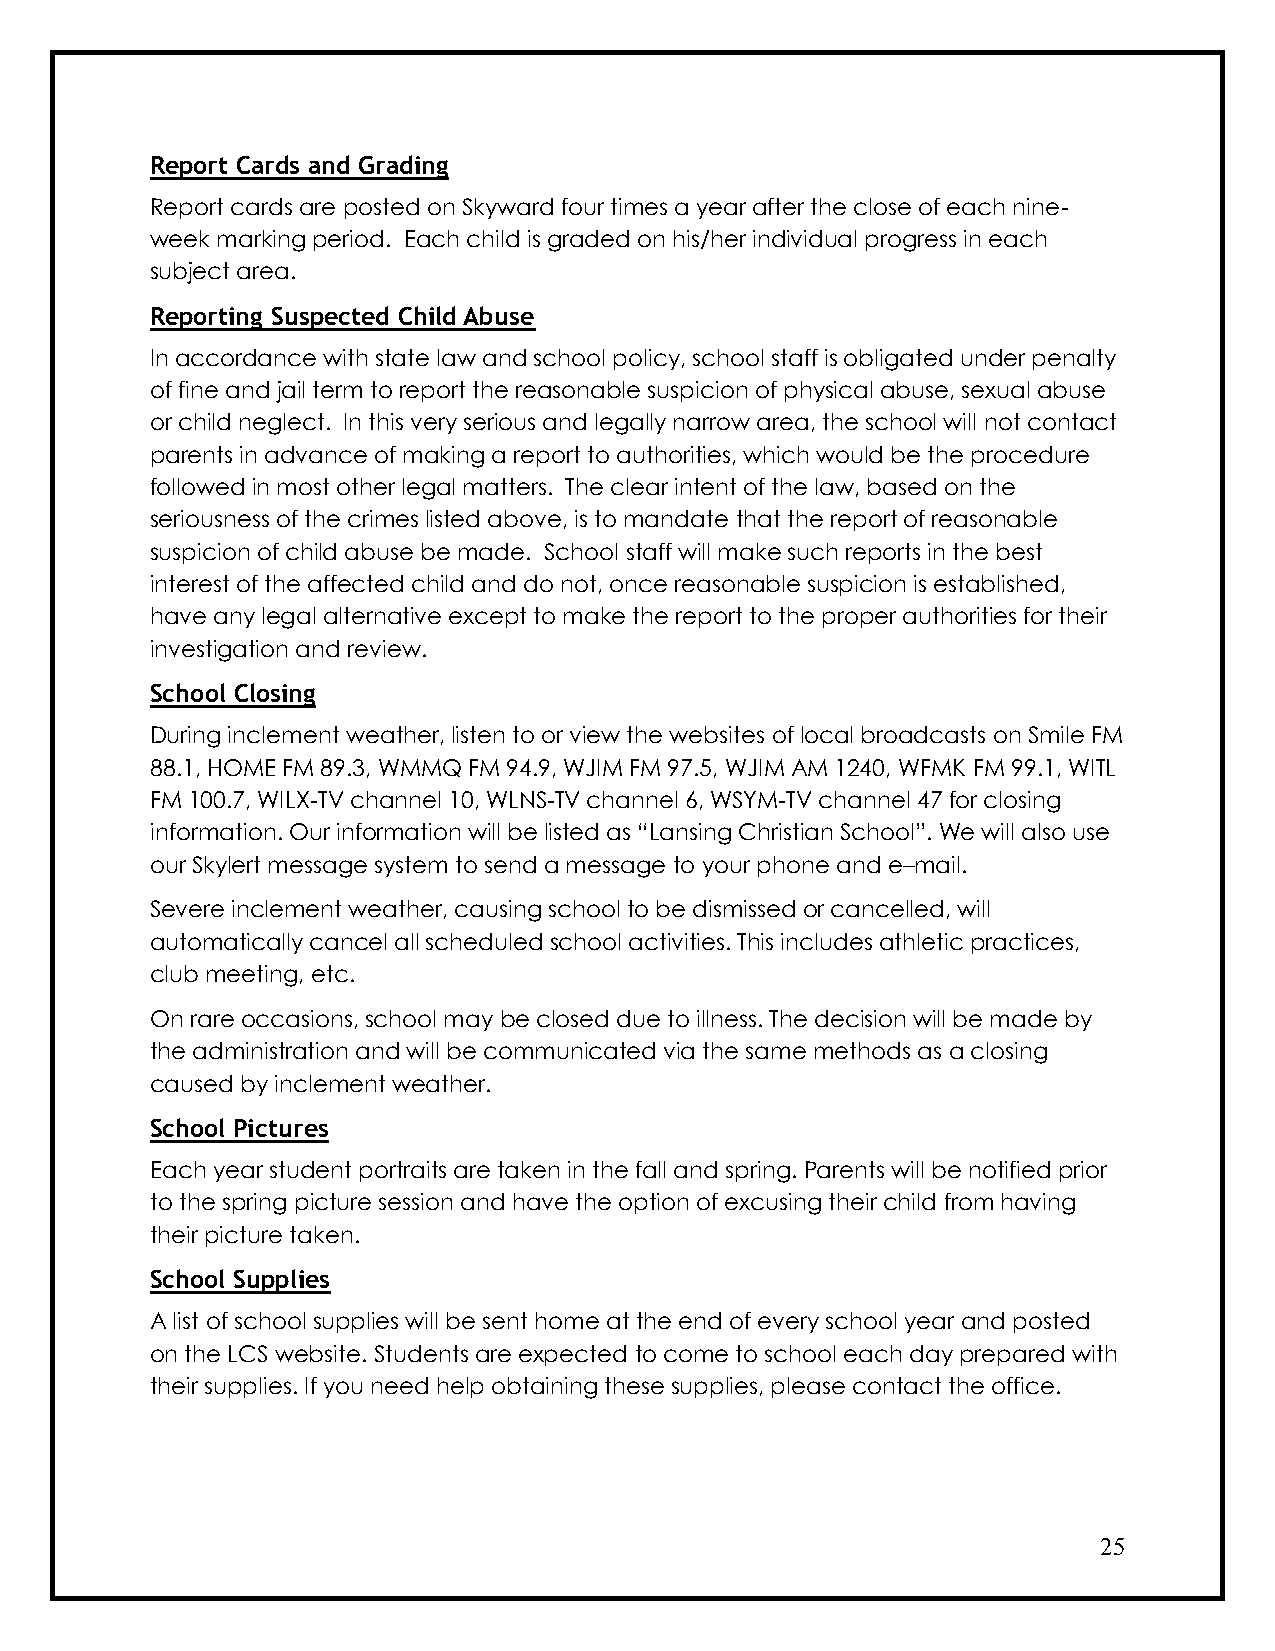
Report Cards and Grading
 Report cards are posted on Skyward four times a year after the close of each nine-
 week marking period. Each child is graded on his/her individual progress in each
 subject area.
 Reporting Suspected Child Abuse
 In accordance with state law and school policy, school staff is obligated under penalty
 of fine and jail term to report the reasonable suspicion of physical abuse, sexual abuse
 or child neglect. In this very serious and legally narrow area, the school will not contact
 parents in advance of making a report to authorities, which would be the procedure
 followed in most other legal matters. The clear intent of the law, based on the
 seriousness of the crimes listed above, is to mandate that the report of reasonable
 suspicion of child abuse be made. School staff will make such reports in the best
 interest of the affected child and do not, once reasonable suspicion is established,
 have any legal alternative except to make the report to the proper authorities for their
 investigation and review.
 School Closing
 During inclement weather, listen to or view the websites of local broadcasts on Smile FM
 88.1, HOME FM 89.3, WMMQ FM 94.9, WJIM FM 97.5, WJIM AM 1240, WFMK FM 99.1, WITL
 FM 100.7, WILX-TV channel 10, WLNS-TV channel 6, WSYM-TV channel 47 for closing
 information. Our information will be listed as “Lansing Christian School”. We will also use
 our Skylert message system to send a message to your phone and e–mail.
 Severe inclement weather, causing school to be dismissed or cancelled, will
 automatically cancel all scheduled school activities. This includes athletic practices,
 club meeting, etc.
 On rare occasions, school may be closed due to illness. The decision will be made by
 the administration and will be communicated via the same methods as a closing
 caused by inclement weather.
 School Pictures
 Each year student portraits are taken in the fall and spring. Parents will be notified prior
 to the spring picture session and have the option of excusing their child from having
 their picture taken.
 School Supplies
 A list of school supplies will be sent home at the end of every school year and posted
 on the LCS website. Students are expected to come to school each day prepared with
 their supplies. If you need help obtaining these supplies, please contact the office.
 25